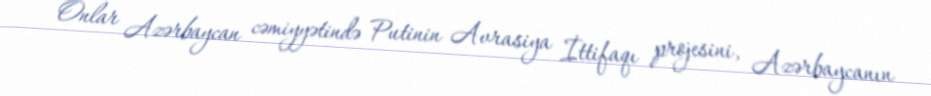
Onlar Azərbaycan cəmiyyətində Putinin Avrasiya İttifaqı projesini, Azərbaycanın